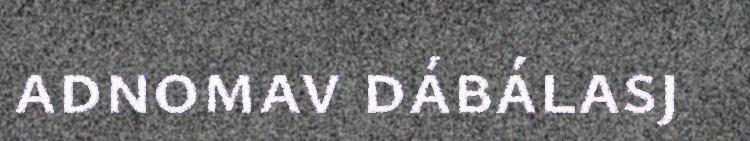
adnomav dábálasj